Malaria in India - Number 2
Disease focus: Malaria
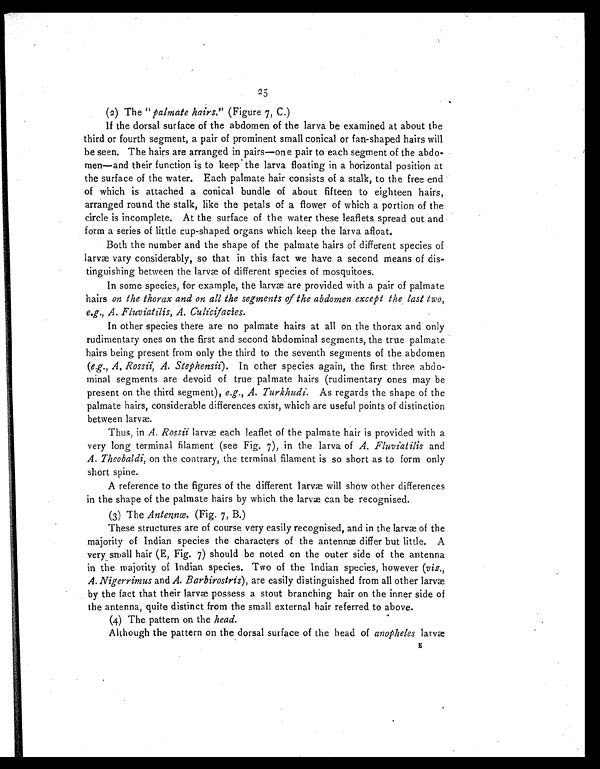
25
(2) The "palmate hairs." (Figure 7, C.)
If the dorsal surface of the abdomen of the larva be examined at about the
third or fourth segment, a pair of prominent small conical or fan-shaped hairs will
be seen. The hairs are arranged in pairs—one pair to each segment of the abdo-
men—and their function is to keep the larva floating in a horizontal position at
the surface of the water. Each palmate hair consists of a stalk, to the free end
of which is attached a conical bundle of about fifteen to eighteen hairs,
arranged round the stalk, like the petals of a flower of which a portion of the
circle is incomplete. At the surface of the water these leaflets spread out and
form a series of little cup-shaped organs which keep the larva afloat.
Both the number and the shape of the palmate hairs of different species of
larvæ vary considerably, so that in this fact we have a second means of dis--
tinguishing between the larvæ of different species of mosquitoes.
In some species, for example, the larvæ are provided with a pair of palmate
hairs on the thorax and on all the segments of the abdomen except the last two,
e.g., A. Fluviatilis, A. Culicifacies.
In other species there are no palmate hairs at all on the thorax and only
rudimentary ones on the first and second abdominal segments, the true palmate
hairs being present from only the third to the seventh segments of the abdomen
(e.g., A. Rossii, A. Stephensii). In other species again, the first three abdo--
minal segments are devoid of true palmate hairs (rudimentary ones may be
present on the third segment), e.g., A. Turkhudi. As regards the shape of the
palmate hairs, considerable differences exist, which are useful points of distinction
between larvæ.
Thus, in A. Rossii larvæ each leaflet of the palmate hair is provided with a
very long terminal filament (see Fig. 7), in the larva of A. Fluviatilis and
A. Theobaldi, on the contrary, the terminal filament is so short as to form only
short spine.
A reference to the figures of the different larvæ will show other differences
in the shape of the palmate hairs by which the larvæ can be recognised.
(3) The Antennœ. (Fig. 7, B.)
These structures are of course very easily recognised, and in the larvæ of the
majority of Indian species the characters of the antennæ differ but little. A
very small hair (E, Fig. 7) should be noted on the outer side of the antenna
in the majority of Indian species. Two of the Indian species, however (viz.,
A. Nigerrimus and A. Barbirostris), are easily distinguished from all other larvæ
by the fact that their larvæ possess a stout branching hair on the inner side of
the antenna, quite distinct from the small external hair referred to above.
(4) The pattern on the head.
Although the pattern on the dorsal surface of the head of anopheles larvæ